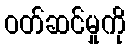
ဝတ်ဆင်မှုကို